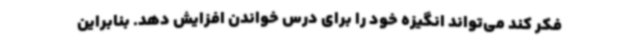
فکر کند می‌تواند انگیزه خود را برای درس خواندن افزایش دهد. بنابراین